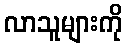
လာသူများကို